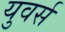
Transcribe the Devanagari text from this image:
युवर्स